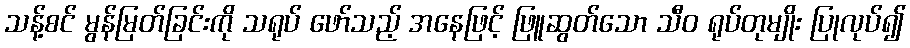
သန့်စင် မွန်မြတ်ခြင်းကို သရုပ် ဖော်သည့် အနေဖြင့် ဖြူဆွတ်သော သီဝ ရုပ်တုမျိုး ပြုလုပ်၍